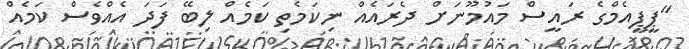
"ޕީޕީއެމްގެ ރައީސް މައުމޫނަށް ދެރައެއް ނިކަމެތި ކަމެއް ލިބޭ ފަދަ އެއްވެސް ކަމެއް